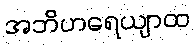
အဘိဟရေယျာထ